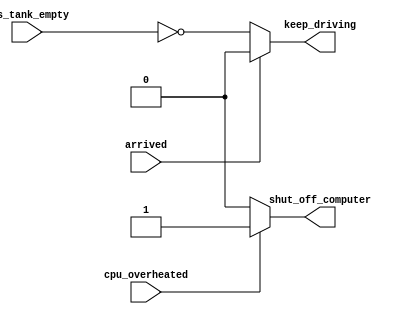
module top_module (
    input		cpu_overheated		,
    output	reg	shut_off_computer	,
    input      	arrived				,
    input      	gas_tank_empty		,
    output 	reg keep_driving
);
  	// Edit the code below
	always @(*) begin
    	if (cpu_overheated)
        	shut_off_computer = 1'b1;
        else
            shut_off_computer = 1'b0;
    end

    always @(*) begin
    	if (~arrived)
        	keep_driving = ~gas_tank_empty;
        else
            keep_driving = 1'b0;
    end
endmodule